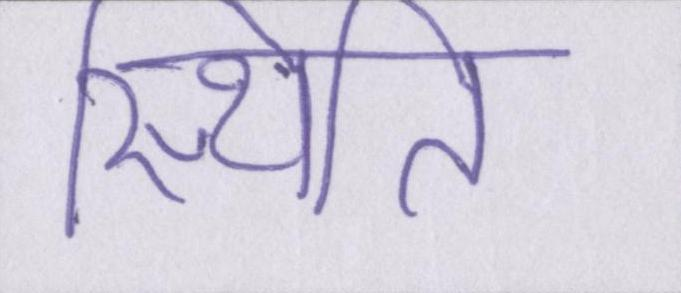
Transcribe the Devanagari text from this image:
स्थिति